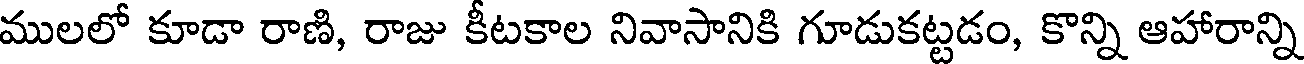
ములలో కూడా రాణి, రాజు కీటకాల నివాసానికి గూడుకట్టడం, కొన్ని ఆహారాన్ని